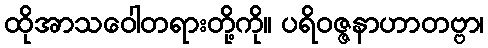
ထိုအာသဝေါတရားတို့ကို။ ပရိဝဇ္ဇနာဟာတဗ္ဗာ၊